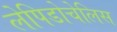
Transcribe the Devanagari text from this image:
लेपिडोचेलिस